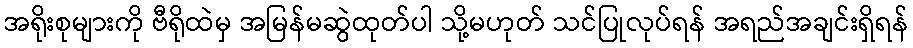
အရိုးစုများကို ဗီရိုထဲမှ အမြန်မဆွဲထုတ်ပါ သို့မဟုတ် သင်ပြုလုပ်ရန် အရည်အချင်းရှိရန်